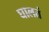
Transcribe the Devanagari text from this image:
घालतं